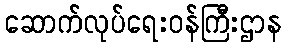
ဆောက်လုပ်ရေးဝန်ကြီးဌာန